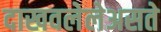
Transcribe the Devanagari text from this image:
दाखवलेलेअसते